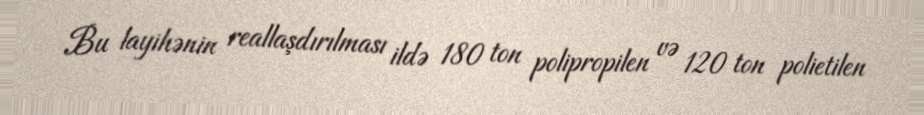
Bu layihənin reallaşdırılması ildə 180 ton polipropilen və 120 ton polietilen